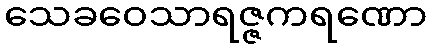
သေခဝေသာရဇ္ဇကရဏော